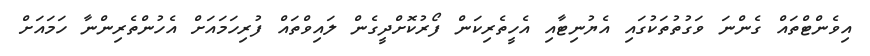
އިވެންޓްތައް ގެންނަ ވަގުތުތަކުގައި އެޔުނިޓާއި އެހީތެރިކަން ފޯރުކޮށްދީގެން ލައިވްތައް ފުރިހަމައަށް އެހުންތެރިންނާ ހަމައަށް